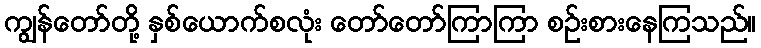
ကျွန်တော်တို့ နှစ်ယောက်စလုံး တော်တော်ကြာကြာ စဉ်းစားနေကြသည်။